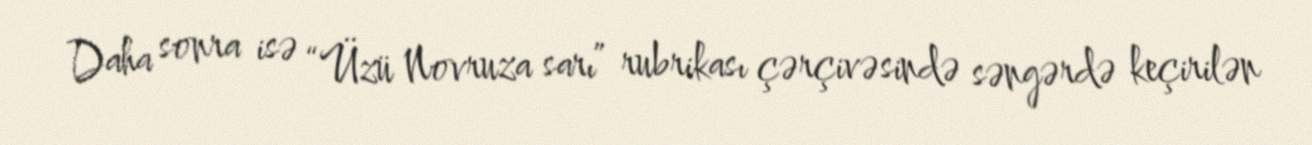
Daha sonra isə “Üzü Novruza sarı” rubrikası çərçivəsində səngərdə keçirilən